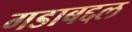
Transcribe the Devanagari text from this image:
गडाबद्दल